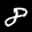
Label: 8